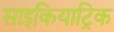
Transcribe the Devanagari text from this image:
साइकियाट्रिक